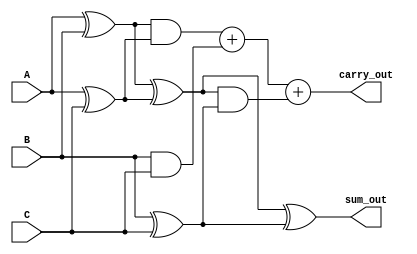
module ModifiedCarrySaveAdder #(parameter WIDTH = 8) (
    input  [WIDTH-1:0] A,
    input  [WIDTH-1:0] B,
    input  [WIDTH-1:0] C,
    output [WIDTH-1:0] sum_out,
    output [WIDTH:0] carry_out
);

    wire [WIDTH-1:0] sum_ab, sum_ac, sum_bc;
    wire [WIDTH-1:0] carry_ab, carry_ac, carry_bc;
    
    // Stage 1: Compute pairwise sums and carries
    // Half-Adder for A and B
    assign sum_ab = A ^ B; // Sum of A and B
    assign carry_ab = A & B; // Carry of A and B

    // Half-Adder for A and C
    assign sum_ac = A ^ C; // Sum of A and C
    assign carry_ac = A & C; // Carry of A and C

    // Half-Adder for B and C
    assign sum_bc = B ^ C; // Sum of B and C
    assign carry_bc = B & C; // Carry of B and C

    // Stage 2: Combine the results from Stage 1
    wire [WIDTH-1:0] carry_temp1, carry_temp2;
    wire [WIDTH-1:0] sum_temp;

    // Final sum output calculation
    assign sum_temp = sum_ab ^ sum_ac; // Sum of (A+B) and (A+C)
    assign carry_temp1 = sum_ab & sum_ac; // Carry of (A+B) and (A+C)

    // Final stage to combine all the carries
    assign sum_out = sum_temp ^ sum_bc; // Final sum output
    assign carry_out = carry_temp1 + carry_bc + (sum_temp & sum_bc); // Final carry output

endmodule